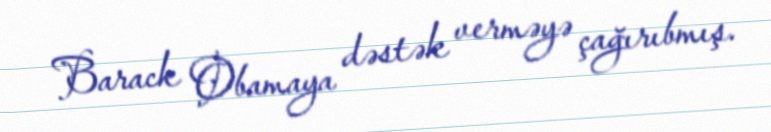
Barack Obamaya dəstək verməyə çağırıbmış.